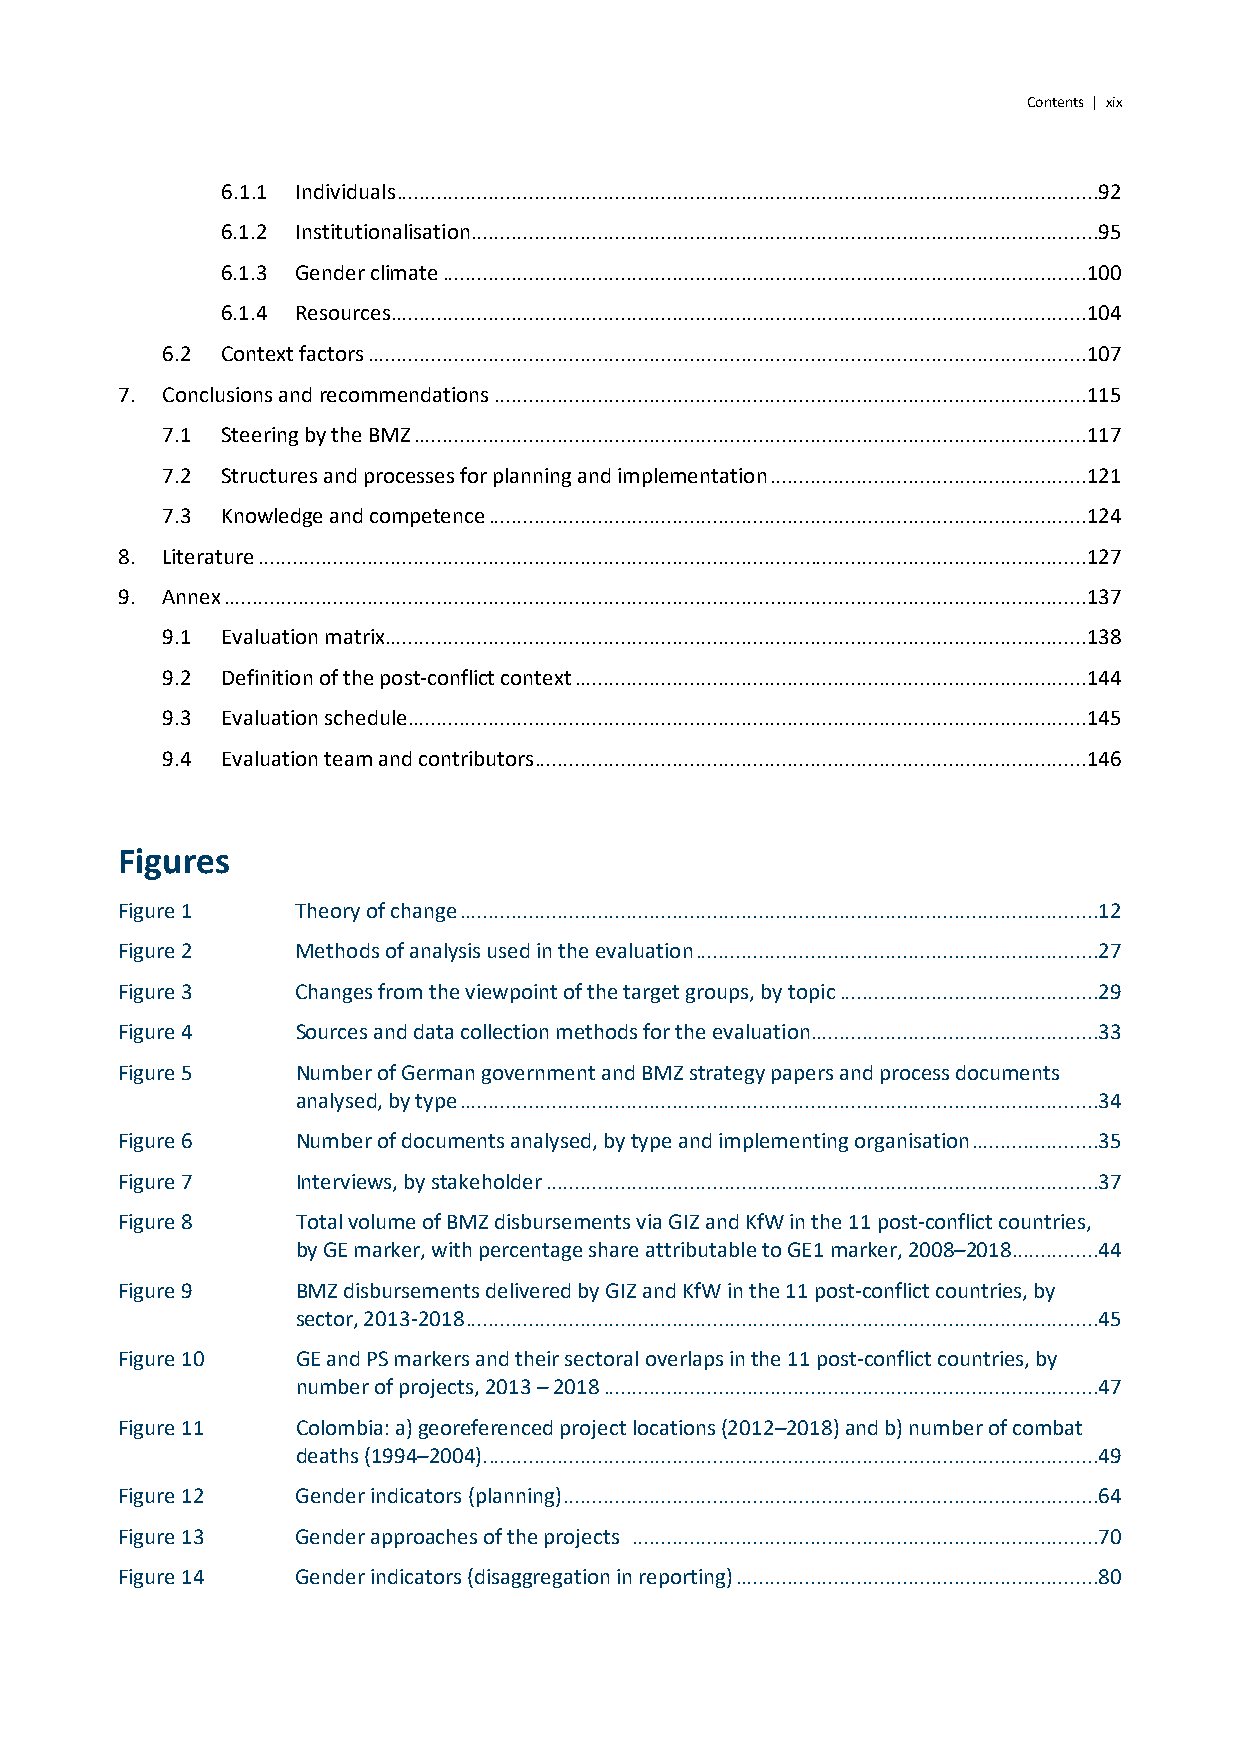
Contents | xix
 6.1.1 Individuals ..........................................................................................................................92
 6.1.2 Institutionalisation .............................................................................................................95
 6.1.3 Gender climate ................................................................................................................100
 6.1.4 Resources .........................................................................................................................104
 6.2 Context factors .............................................................................................................................107
 7. Conclusions and recommendations .......................................................................................................115
 7.1 Steering by the BMZ .....................................................................................................................117
 7.2 Structures and processes for planning and implementation .......................................................121
 7.3 Knowledge and competence ........................................................................................................124
 8. Literature ................................................................................................................................................127
 9. Annex ......................................................................................................................................................137
 9.1 Evaluation matrix ..........................................................................................................................138
 9.2 Definition of the post-conflict context .........................................................................................144
 9.3 Evaluation schedule ......................................................................................................................145
 9.4 Evaluation team and contributors ................................................................................................146
 Figures
 Figure 1    Theory of change ...............................................................................................................12
 Figure 2    Methods of analysis used in the evaluation ......................................................................27
 Figure 3    Changes from the viewpoint of the target groups, by topic .............................................29
 Figure 4    Sources and data collection methods for the evaluation..................................................33
 Figure 5    Number of German government and BMZ strategy papers and process documents
 analysed, by type ...............................................................................................................34
 Figure 6    Number of documents analysed, by type and implementing organisation ......................35
 Figure 7    Interviews, by stakeholder ................................................................................................37
 Figure 8    Total volume of BMZ disbursements via GIZ and KfW in the 11 post-conflict countries,
 by GE marker, with percentage share attributable to GE1 marker, 2008–2018 ...............44
 Figure 9    BMZ disbursements delivered by GIZ and KfW in the 11 post-conflict countries, by
 sector, 2013-2018 ..............................................................................................................45
 Figure 10   GE and PS markers and their sectoral overlaps in the 11 post-conflict countries, by
 number of projects, 2013 – 2018 ......................................................................................47
 Figure 11   Colombia: a) georeferenced project locations (2012–2018) and b) number of combat
 deaths (1994–2004). ..........................................................................................................49
 Figure 12   Gender indicators (planning) .............................................................................................64
 Figure 13   Gender approaches of the projects .................................................................................70
 Figure 14   Gender indicators (disaggregation in reporting) ...............................................................80